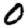
Digit: 0